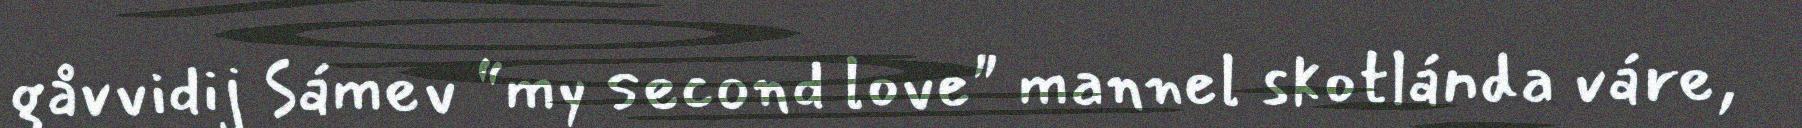
gåvvidij Sámev “my second love" mannel skotlánda váre,